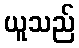
ယူသည်